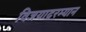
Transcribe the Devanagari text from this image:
विजयादरम्यान